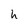
Character: h